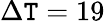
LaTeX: \Delta\mathtt{T}=19